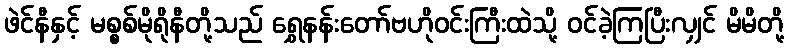
ဖဲင်နီနှင့် မစ္စစ်မိုရိုနီတို့သည် ရွှေနန်းတော်ဗဟိုဝင်းကြီးထဲသို့ ဝင်ခဲ့ကြပြီးလျှင် မိမိတို့